Vaccine operations Central Provinces 1900-1911 - 1900-1911
Year: 1900
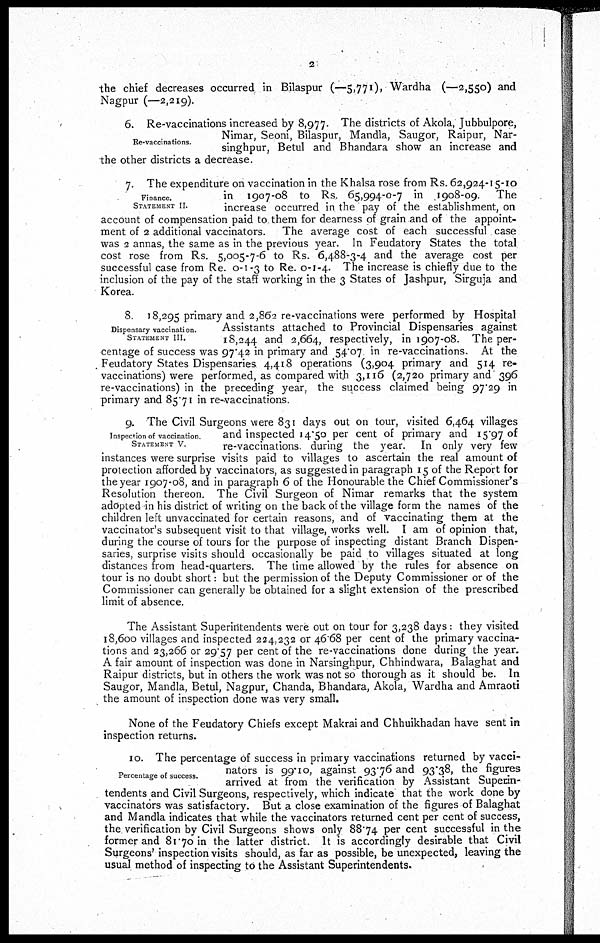
2
the chief decreases occurred in Bilaspur (-5,771), Wardha (-2,550) and
Nagpur (-2,219).
Re-vaccinations
6. Re-vaccinations increased by 8,977. The districts of Akola, Jubbulpore,
Nimar, Seoni, Bilaspur, Mandla, Saugor, Raipur, Nar¬
singhpur, Betul and Bhandara show an increase and
the other districts a decrease.
Finance.
STATEMENT II.
7. The expenditure on vaccination in the Khalsa rose from Rs. 62,924-15-10
in 1907-08 to Rs. 65,994-0-7 in 1908-09. The
increase occurred in the pay of the establishment, on
account of compensation paid to them for dearness of grain and of the appoint-
ment of 2 additional vaccinators. The average cost of each successful case
was 2 annas, the same as in the previous year. In Feudatory States the total
cost rose from Rs. 5,005-7-6 to Rs. 6,488-3-4 and the average cost per
successful case from Re. 0-1-3 to Re. 0-1-4. The increase is chiefly due to the
inclusion of the pay of the staff working in the 3 States of Jashpur, Sirguja and
Korea.
Dispensary vaccination.
STATEMENT III.
8. 18,295 primary and 2,862 re-vaccinations were performed by Hospital
Assistants attached to Provincial Dispensaries against
18,244 and 2,664, respectively, in 1907-08. The per-
centage of success was 97.42 in primary and 54.07 in re-vaccinations. At the
Feudatory States Dispensaries 4,418 operations (3,904 primary and 514 re¬
vaccinations) were performed, as compared with 3,116 (2,720 primary and 396
re-vaccinations) in the preceding year, the success claimed being 97.29 in
primary and 85.71 in re-vaccinations.
Inspection of vaccination
STATEMENT V.
9. The Civil Surgeons were 831 days out on tour, visited 6,464 villages
and inspected 14.50 per cent of primary and 15.97 of
re-vaccinations during the year. In only very few
instances were surprise visits paid to villages to ascertain the real amount of
protection afforded by vaccinators, as suggested in paragraph 15 of the Report for
the year 1907-08, and in paragraph 6 of the Honourable the Chief Commissioner's
Resolution thereon. The Civil Surgeon of Nimar remarks that the system
adopted in his district of writing on the back of the village form the names of the
children left unvaccinated for certain reasons, and of vaccinating them at the
vaccinator's subsequent visit to that village, works well. I am of opinion that,
during the course of tours for the purpose of inspecting distant Branch Dispen-
saries, surprise visits should occasionally be paid to villages situated at long
distances from head-quarters. The time allowed by the rules for absence on
tour is no doubt short: but the permission of the Deputy Commissioner or of the
Commissioner can generally be obtained for a slight extension of the prescribed
limit of absence.
The Assistant Superintendents were out on tour for 3,238 days: they visited
18,600 villages and inspected 224,232 or 46 68 per cent of the primary vaccina-
tions and 23,266 or 29.57 per cent of the re-vaccinations done during the year.
A fair amount of inspection was done in Narsinghpur, Chhindwara, Balaghat and
Raipur districts, but in others the work was not so thorough as it should be. In
Saugor, Mandla, Betul, Nagpur, Chanda, Bhandara, Akola, Wardha and Amraoti
the amount of inspection done was very small.
None of the Feudatory Chiefs except Makrai and Chhuikhadan have sent in
inspection returns.
Percentage of success.
10. The percentage of success in primary vaccinations returned by vacci-
nators is 99.10, against 93.76 and 93.38, the figures
arrived at from the verification by Assistant Superin-
tendents and Civil Surgeons, respectively, which indicate that the work done by
vaccinators was satisfactory. But a close examination of the figures of Balaghat
and Mandla indicates that while the vaccinators returned cent per cent of success,
the verification by Civil Surgeons shows only 88.74 per cent successful in the
former and 81.70 in the latter district. It is accordingly desirable that Civil
Surgeons inspection visits should, as far as possible, be unexpected, leaving the
usual method of inspecting to the Assistant Superintendents.